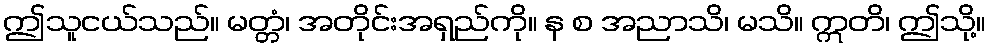
ဤသူငယ်သည်။ မတ္တံ၊ အတိုင်းအရှည်ကို။ န စ အညာသိ၊ မသိ။ ဣတိ၊ ဤသို့။